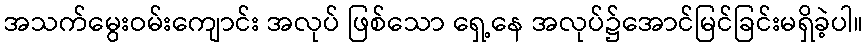
အသက်မွေးဝမ်းကျောင်း အလုပ် ဖြစ်သော ရှေ့နေ အလုပ်၌အောင်မြင်ခြင်းမရှိခဲ့ပါ။